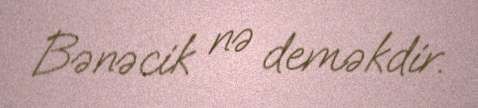
Bənəcik nə deməkdir.